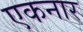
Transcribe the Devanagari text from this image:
एकनार